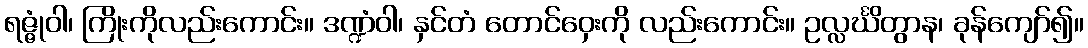
ရဇ္ဇုံဝါ၊ ကြိုးကိုလည်းကောင်း။ ဒဏ္ဍံဝါ၊ နှင်တံ တောင်ဝှေးကို လည်းကောင်း။ ဥလ္လင်္ဃိတွာန၊ ခုန်ကျော်၍။